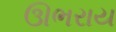
ઊભરાય